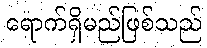
ရောက်ရှိမည်ဖြစ်သည်